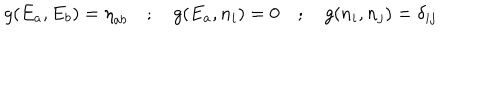
LaTeX: g ( E _ { a } , E _ { b } ) = { \eta } _ { a b } \quad ; \quad g ( E _ { a } , n _ { i } ) = 0 \quad ; \quad g ( n _ { i } , n _ { j } ) = { \delta } _ { i j }